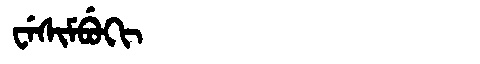
Manchu: ᠸᡝᠰᡳᠮᠪᡠᡴᡳ
Romanization: WESIMBUKI